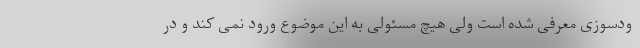
ودسوزی معرفی شده است ولی هیچ مسئولی به این موضوع ورود نمی کند و در